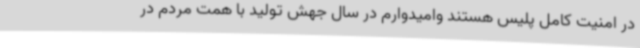
در امنیت کامل پلیس هستند وامیدوارم در سال جهش تولید با همت مردم در